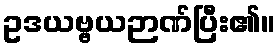
ဥဒယဗ္ဗယဉာဏ်ပြီး၏။